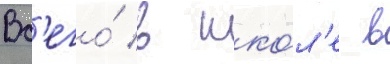
Вс'его́ в шко́л'е в